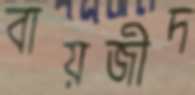
বায়জীদ